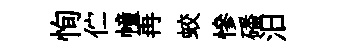
恂伫幢再蛟慘磻汨